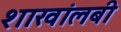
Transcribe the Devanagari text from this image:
शाखांलबी